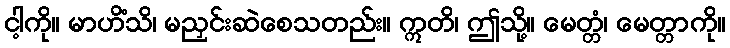
ငါ့ကို။ မာဟိံသိ၊ မညှင်းဆဲစေသတည်း။ ဣတိ၊ ဤသို့။ မေတ္တံ၊ မေတ္တာကို။